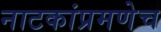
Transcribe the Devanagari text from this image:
नाटकांप्रमणेच